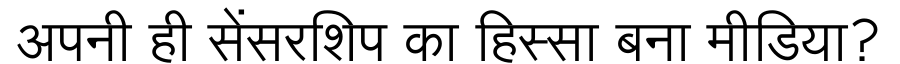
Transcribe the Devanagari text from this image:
अपनी ही सेंसरशिप का हिस्सा बना मीडिया?